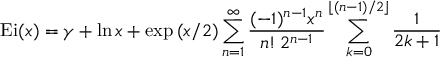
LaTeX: \mathrm { { E i } } ( x ) = \gamma + \ln x + \exp { ( x / 2 ) } \sum _ { n = 1 } ^ { \infty } { \frac { ( - 1 ) ^ { n - 1 } x ^ { n } } { n ! \, 2 ^ { n - 1 } } } \sum _ { k = 0 } ^ { \lfloor ( n - 1 ) / 2 \rfloor } { \frac { 1 } { 2 k + 1 } }